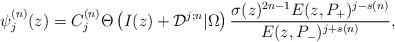
LaTeX: \begin{align*}\psi_j^{(n)}(z)=C_j^{(n)}\Theta\left(I(z)+{\cal D}^{j;n}|\Omega\right) {\sigma(z)^{2n-1} E(z, P_+)^{j-s(n)}\over E(z,P_-)^{j+s(n)}},\end{align*}